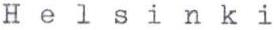
Helsinki